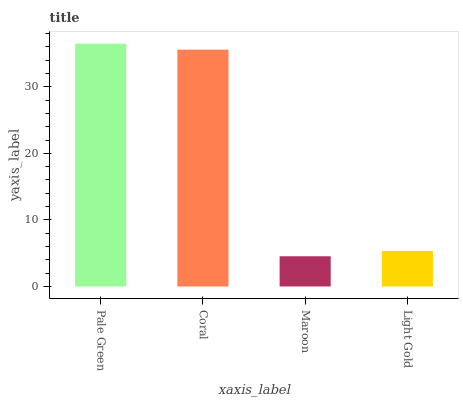
| xaxis_label | bars |
 | --- | --- |
 | Pale Green | 36.5 |
 | Coral | 35.6 |
 | Maroon | 4.54 |
 | Light Gold | 5.34 |